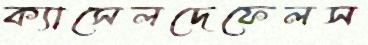
ক্যাসেলদেফেলস